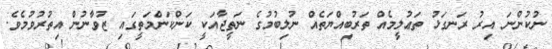
ނުކުންނަ އިރު ރަނގަޅު ތަޢުލީމެއް ތަރުބިއްޔަތެއް ނުލިބުމުގެ ނަތީޖާއަކީ ކަންކަންމަތީގައި ޒުވާނުން އިތުރުވުމެވެ.